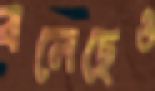
বলেছেও